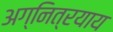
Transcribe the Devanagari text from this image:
अग्नित्रयाय